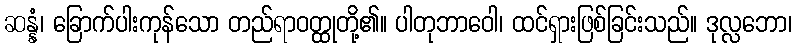
ဆန္နံ၊ ခြောက်ပါးကုန်သော တည်ရာဝတ္ထုတို့၏။ ပါတုဘာဝေါ၊ ထင်ရှားဖြစ်ခြင်းသည်။ ဒုလ္လဘော၊